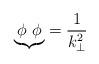
LaTeX: \begin{align*}{\underbrace{\phi~\phi}} = \frac{1}{k_\bot^2}\end{align*}